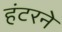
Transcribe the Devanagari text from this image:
हंटरने